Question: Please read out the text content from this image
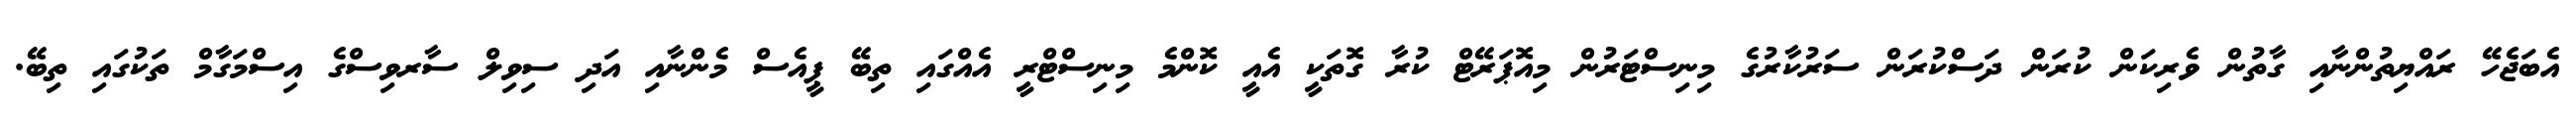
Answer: އެބަޖެހޭ ރައްޔިތުންނާއި ގާތުން ވެރިކަން ކުރަން ދަސްކުރަން ސަރުކާރުގެ މިނިސްޓަރުން މިއޮޕަރޭޓް ކުރާ ގޮތަކީ އެއީ ކޮންމެ މިނިސްޓްރީ އެއްގައި ތިބޭ ޕީއެސް މެންނާއި އަދި ސިވިލް ސާރވިސްގެ އިސްމަގާމް ތަކުގައި ތިބޭ.